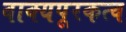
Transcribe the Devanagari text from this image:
वाक्यपूरकत्व